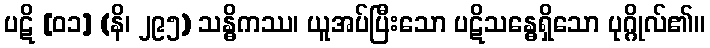
ပဋိ [၀၁] (နိ၊ ၂၉၅) သန္ဓိကဿ၊ ယူအပ်ပြီးသော ပဋိသန္ဓေရှိသော ပုဂ္ဂိုလ်၏။